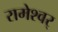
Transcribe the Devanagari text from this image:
रामेश्वर्